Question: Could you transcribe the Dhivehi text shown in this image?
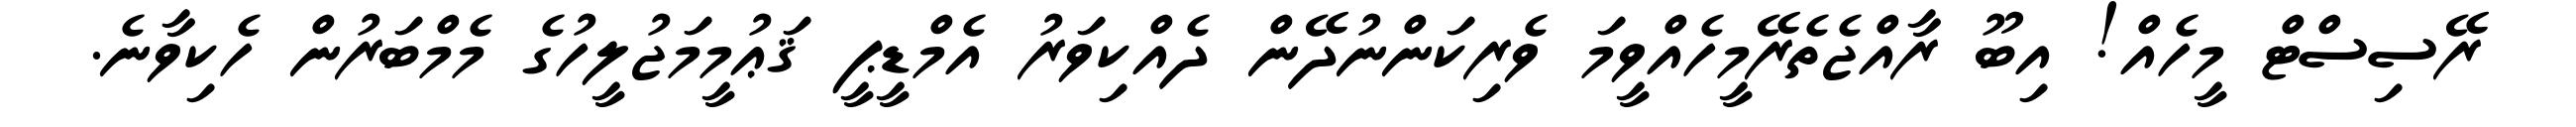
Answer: ރޭސިސްޓް މީހެއް! އިބޫ ރާއްޖެތެރޭމީހެއްވީމަ ވެރިކަންނުދޭން ދެއްކިވަރު އެމްޑީޕީ ޤަޢުމީމަޖުލީހުގެ މެމްބަރުން ހެކިވާނެ.